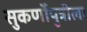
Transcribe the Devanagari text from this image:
सुकर्णोपुत्रीला